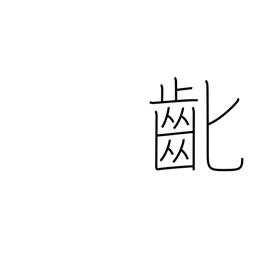
Meaning: losing baby teeth